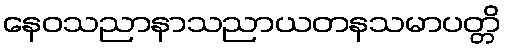
နေဝသညာနာသညာယတနသမာပတ္တိ